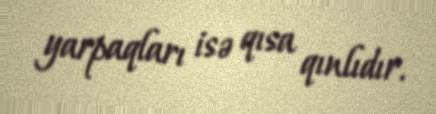
yarpaqları isə qısa qınlıdır.